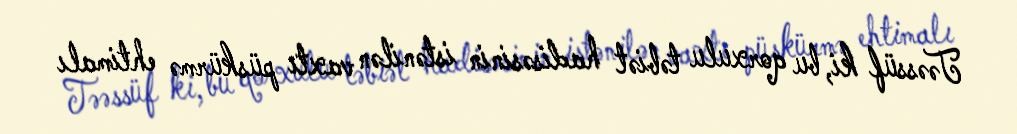
Təəssüf ki, bu qorxulu təbiət hadisəsinin istənilən vaxtı püskürmə ehtimalı